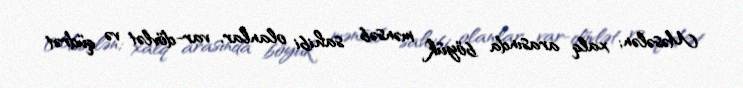
Məsələn; xalq arasında böyük mənsəb sahibi olanlar, var-dövlət və qüdrət